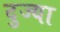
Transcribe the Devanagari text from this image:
दुज्या